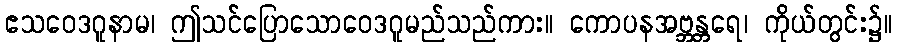
ဧသဝေဒဂူနာမ၊ ဤသင်ပြောသောဝေဒဂူမည်သည်ကား။ ကောပနအဗ္ဘန္တရေ၊ ကိုယ်တွင်း၌။